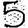
Digit: 5